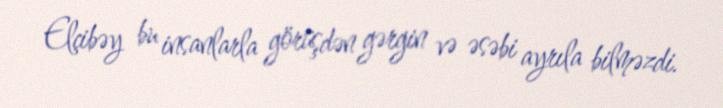
Elçibəy bu insanlarla görüşdən gərgin və əsəbi ayrıla bilməzdi.